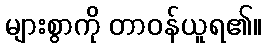
များစွာကို တာဝန်ယူရ၏။